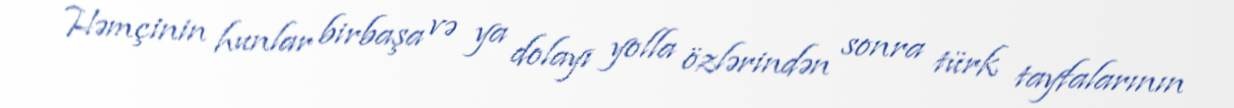
Həmçinin hunlar birbaşa və ya dolayı yolla özlərindən sonra türk tayfalarının